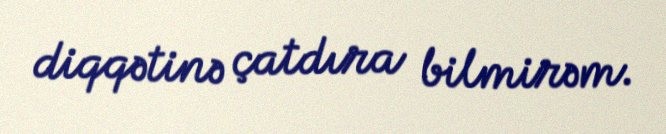
diqqətinə çatdıra bilmirəm.